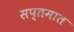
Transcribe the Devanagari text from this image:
सप्तमात